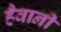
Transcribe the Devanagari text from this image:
हैवानी